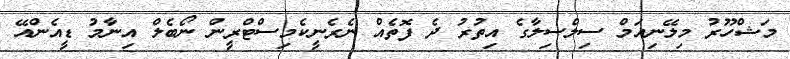
މަޝްހޫރު މިލޭނިއަމް ސިލްސިލާގެ އިތުރު ދެ ފޮތެއް ނެރެނީކެމިސްޓްރީން ނޯބެލް އިނާމު ޑީއެންއޭ